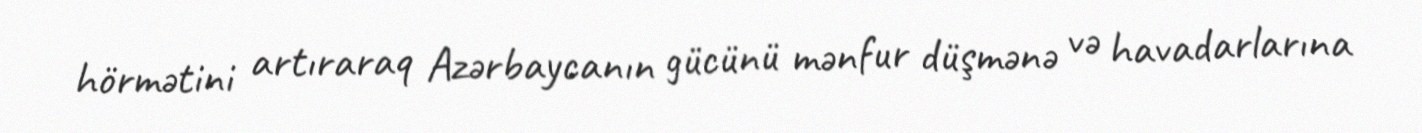
hörmətini artıraraq Azərbaycanın gücünü mənfur düşmənə və havadarlarına